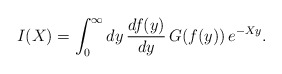
\begin{align*}I(X)=\int_{0}^{\infty} dy\,\frac{df(y)}{dy}\,G(f(y))\,e^{-Xy}. \end{align*}